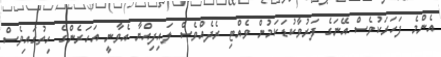
އެންމެ ފަހަރަކުވެސް އޭނަގެ ފަރުވާކުޑަކަމުން ވެއްޓި ރެދެއްވެސް ލައިފިއްޔާ އެވާނީ އަހަރެންގެ ހިތުގައިވެސް